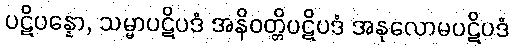
ပဋိပန္နော, သမ္မာပဋိပဒံ အနိဝတ္တိပဋိပဒံ အနုလောမပဋိပဒံ